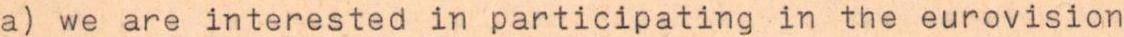
a) we are interested in participating in the eurovision